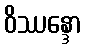
ဝိဿန္ဒော